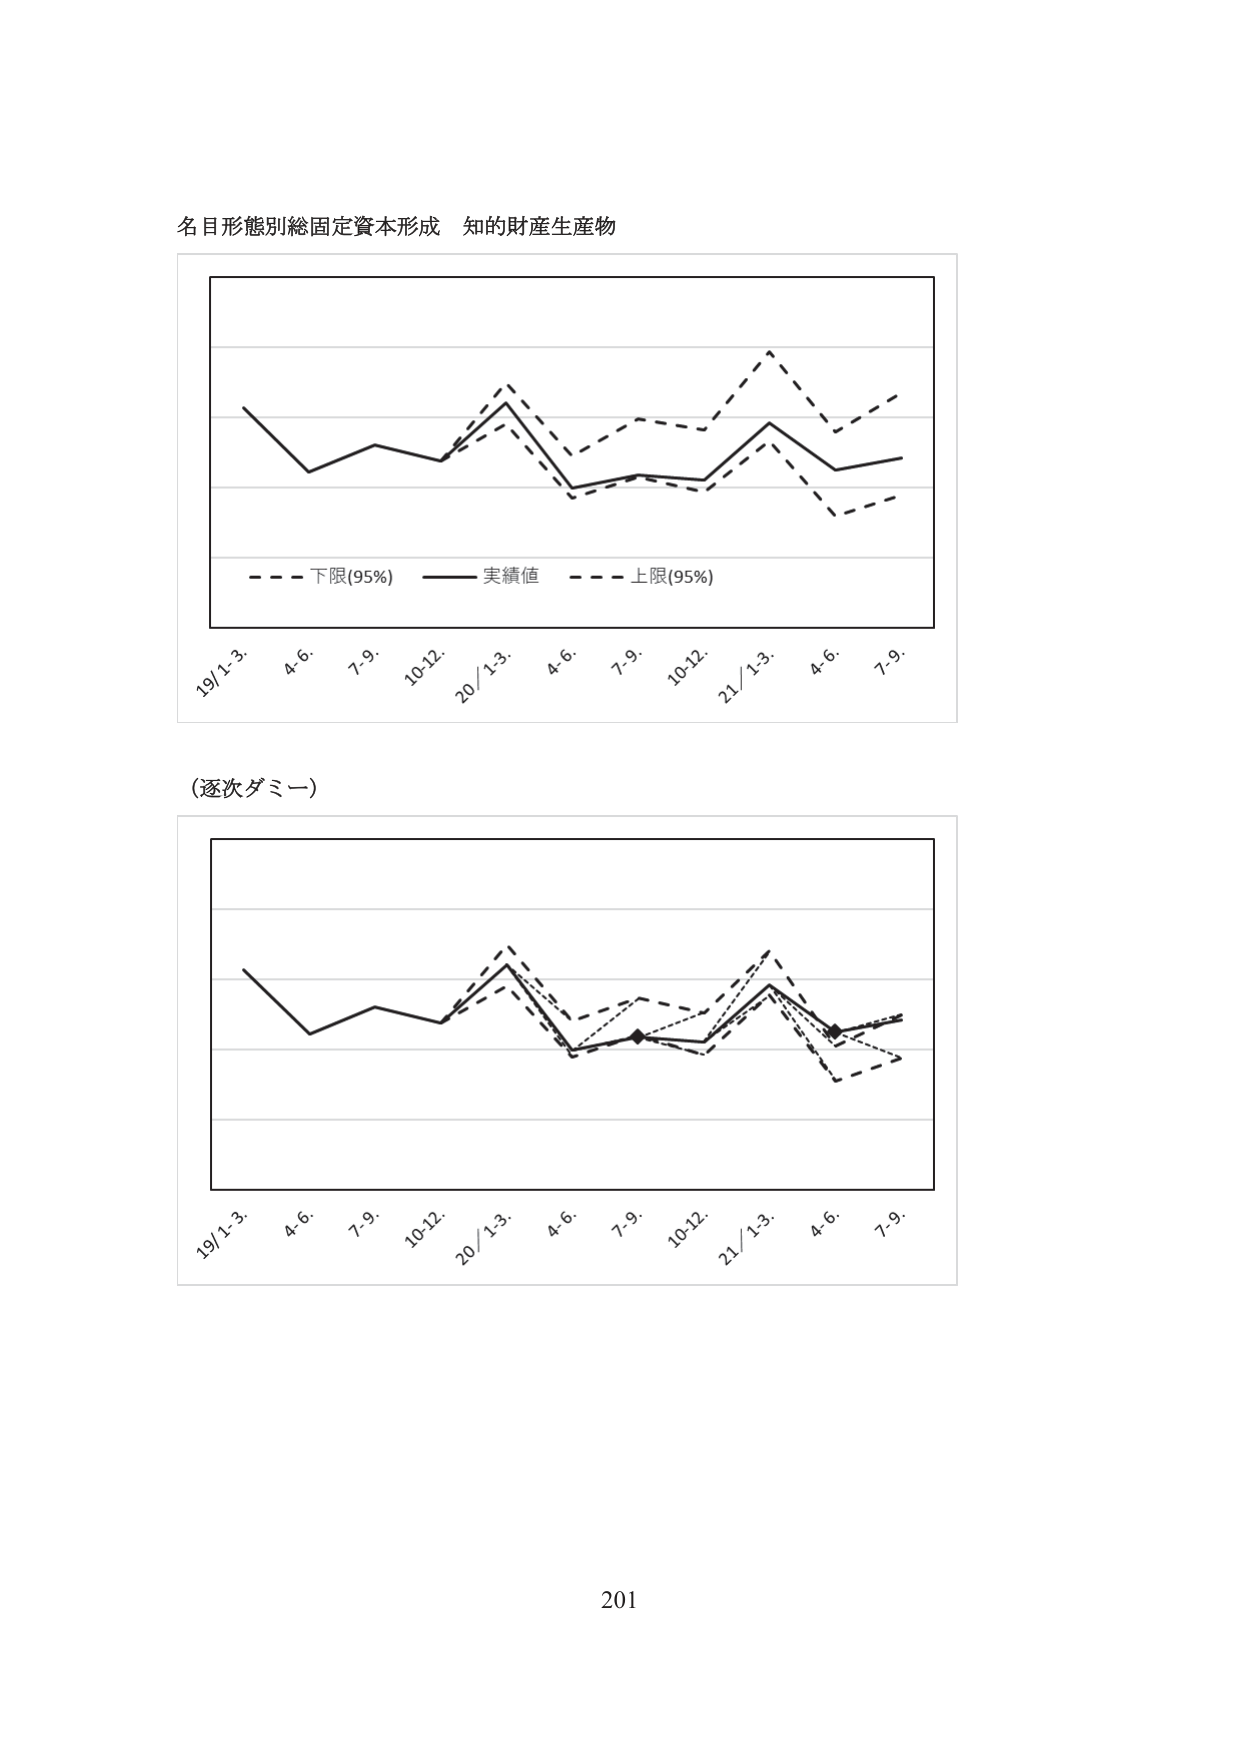
名目形態別総固定資本形成 知的財産生産物

- - - 下限(95%) —— 実績値 - - - 上限(95%)

19/1-3. 4-6. 7-9. 10-12. 20/1-3. 4-6. 7-9. 10-12. 21/1-3. 4-6. 7-9.

(逐次ダミー)

19/1-3. 4-6. 7-9. 10-12. 20/1-3. 4-6. 7-9. 10-12. 21/1-3. 4-6. 7-9.

201